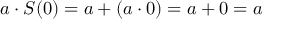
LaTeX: a \cdot S ( 0 ) = a + ( a \cdot 0 ) = a + 0 = a